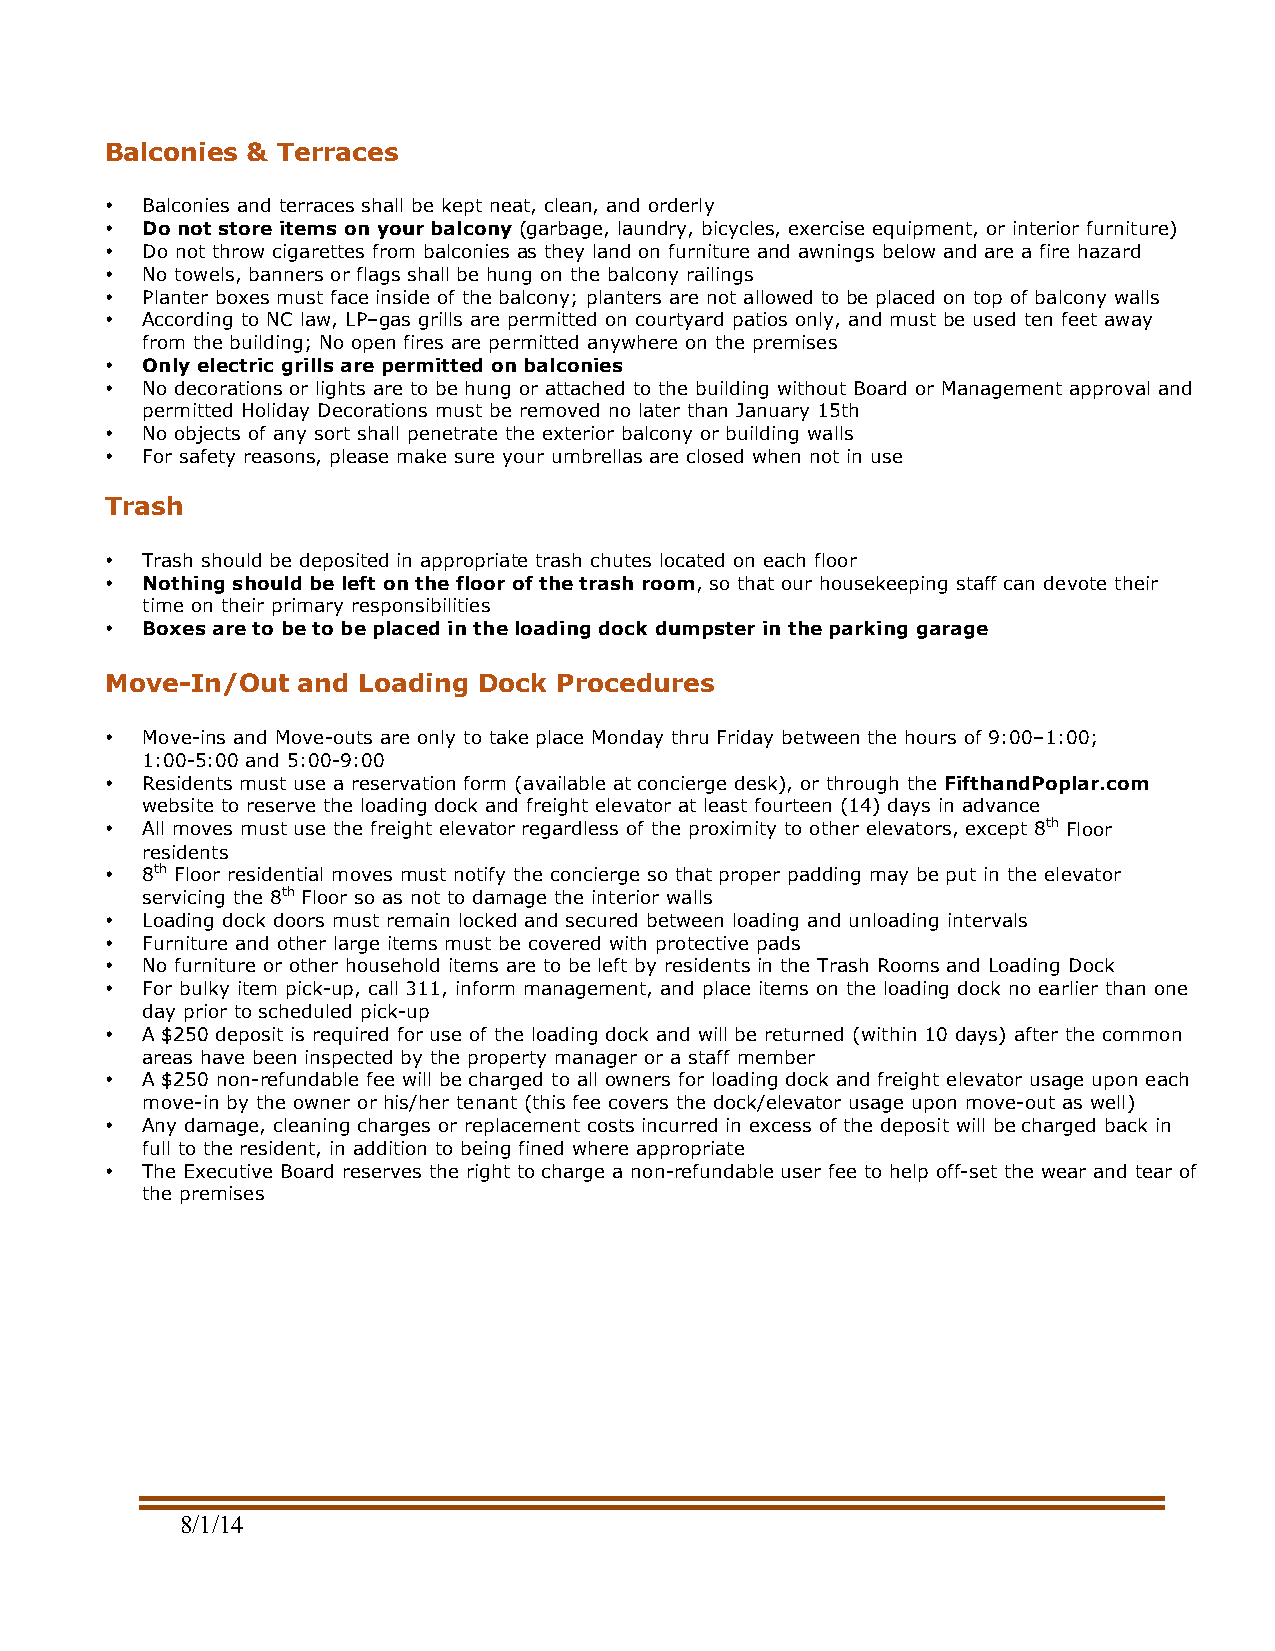
Balconies & Terraces
 • Balconies and terraces shall be kept neat, clean, and orderly
 • Do not store items on your balcony (garbage, laundry, bicycles, exercise equipment, or interior furniture)
 • Do not throw cigarettes from balconies as they land on furniture and awnings below and are a fire hazard
 • No towels, banners or flags shall be hung on the balcony railings
 • Planter boxes must face inside of the balcony; planters are not allowed to be placed on top of balcony walls
 • According to NC law, LP–gas grills are permitted on courtyard patios only, and must be used ten feet away
 from the building; No open fires are permitted anywhere on the premises
 • Only electric grills are permitted on balconies
 • No decorations or lights are to be hung or attached to the building without Board or Management approval and
 permitted Holiday Decorations must be removed no later than January 15th
 • No objects of any sort shall penetrate the exterior balcony or building walls
 • For safety reasons, please make sure your umbrellas are closed when not in use
 Trash
 • Trash should be deposited in appropriate trash chutes located on each floor
 • Nothing should be left on the floor of the trash room, so that our housekeeping staff can devote their
 time on their primary responsibilities
 • Boxes are to be to be placed in the loading dock dumpster in the parking garage
 Move-In/Out  and Loading Dock Procedures
 • Move-ins and Move-outs are only to take place Monday thru Friday between the hours of 9:00–1:00;
 1:00-5:00 and 5:00-9:00
 • Residents must use a reservation form (available at concierge desk), or through the FifthandPoplar.com
 website to reserve the loading dock and freight elevator at least fourteen (14) days in advance
 • All moves must use the freight elevator regardless of the proximity to other elevators, except 8th Floor
 residents
 • 8th Floor residential moves must notify the concierge so that proper padding may be put in the elevator
 servicing the 8th Floor so as not to damage the interior walls
 • Loading dock doors must remain locked and secured between loading and unloading intervals
 • Furniture and other large items must be covered with protective pads
 • No furniture or other household items are to be left by residents in the Trash Rooms and Loading Dock
 • For bulky item pick-up, call 311, inform management, and place items on the loading dock no earlier than one
 day prior to scheduled pick-up
 • A $250 deposit is required for use of the loading dock and will be returned (within 10 days) after the common
 areas have been inspected by the property manager or a staff member
 • A $250 non-refundable fee will be charged to all owners for loading dock and freight elevator usage upon each
 move-in by the owner or his/her tenant (this fee covers the dock/elevator usage upon move-out as well)
 • Any damage, cleaning charges or replacement costs incurred in excess of the deposit will be charged back in
 full to the resident, in addition to being fined where appropriate
 • The Executive Board reserves the right to charge a non-refundable user fee to help off-set the wear and tear of
 the premises
 8/1/14